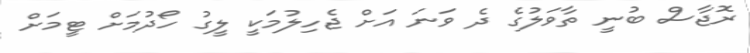
ރޮޖާސް ބުނީ ތާވަލުގެ ދެ ވަނަ އަށް ޖެހިލުމަކީ ލީގު ހޯދުމަށް ޓީމަށް